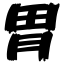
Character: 胃